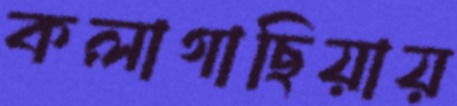
কলাগাছিয়ায়